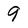
Character: 9